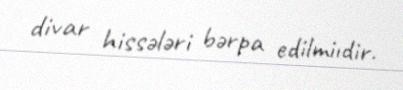
divar hissələri bərpa edilmiıdir.